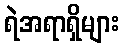
ရဲအရာရှိများ